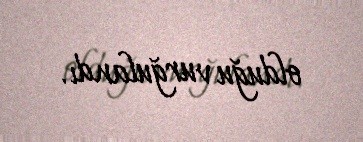
olduğu vurğulandı.